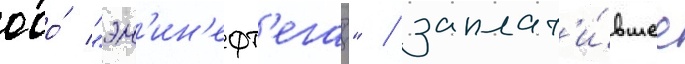
ооо́ "эн'ин'ефт'егаз" / заплат'и́вшее